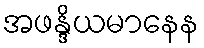
အဖန္ဒိယမာနေန